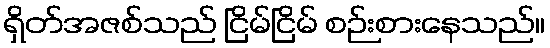
ရှိတ်အဇစ်သည် ငြိမ်ငြိမ် စဉ်းစားနေသည်။